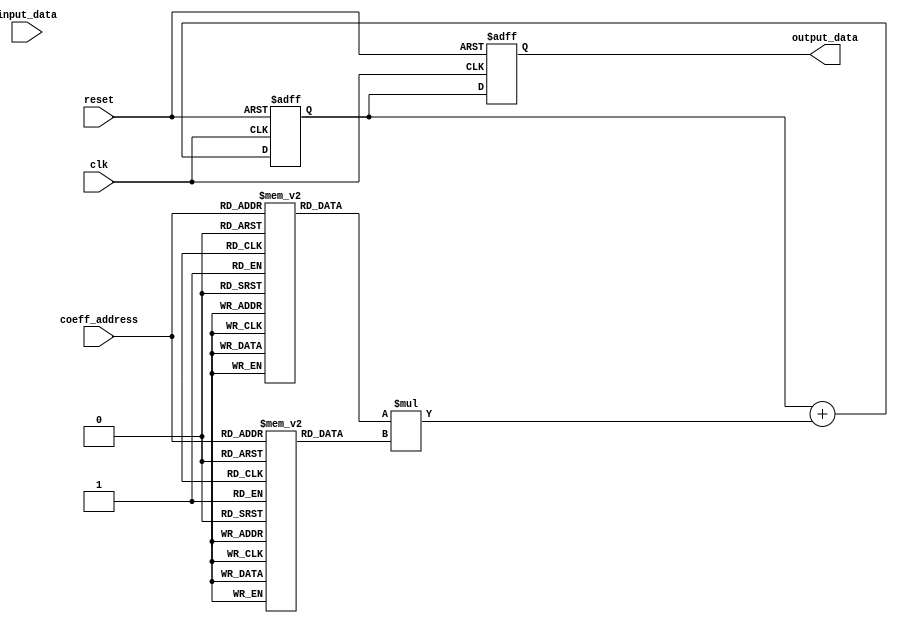
module fir_accumulator(
    input clk,
    input reset,
    input [7:0] coeff_address,
    input [7:0] input_data,
    output reg [15:0] output_data
);

reg [15:0] accumulator;

reg [7:0] filter_coeff [0:255];
reg [15:0] register_block [0:255];

always @ (posedge clk or posedge reset) begin
    if (reset) begin
        accumulator <= 16'b0;
    end else begin
        accumulator <= accumulator + register_block[coeff_address] * filter_coeff[coeff_address];
    end
end

always @ (posedge clk or posedge reset) begin
    if (reset) begin
        output_data <= 16'b0;
    end else begin
        output_data <= accumulator;
    end
end

endmodule